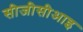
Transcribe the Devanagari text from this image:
सीजीसीआइ